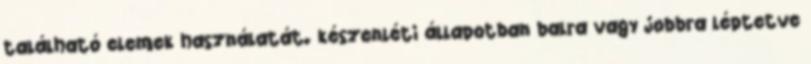
található elemek használatát. készenléti állapotban balra vagy jobbra léptetve